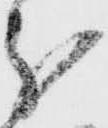
分